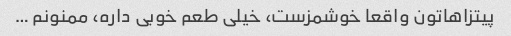
پیتزاهاتون واقعا خوشمزست، خیلی طعم خوبی داره، ممنونم …